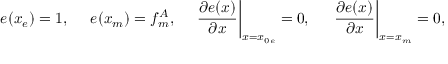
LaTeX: e ( x _ { e } ) = 1 , \, \, \, \, \, \, \, \, e ( x _ { m } ) = f _ { m } ^ { A } , \, \, \, \, \, \, \, \, \frac { \partial e ( x ) } { \partial x } \bigg | _ { x = x _ { 0 e } } = 0 , \, \, \, \, \, \, \, \, \, \frac { \partial e ( x ) } { \partial x } \bigg | _ { x = x _ { m } } = 0 ,